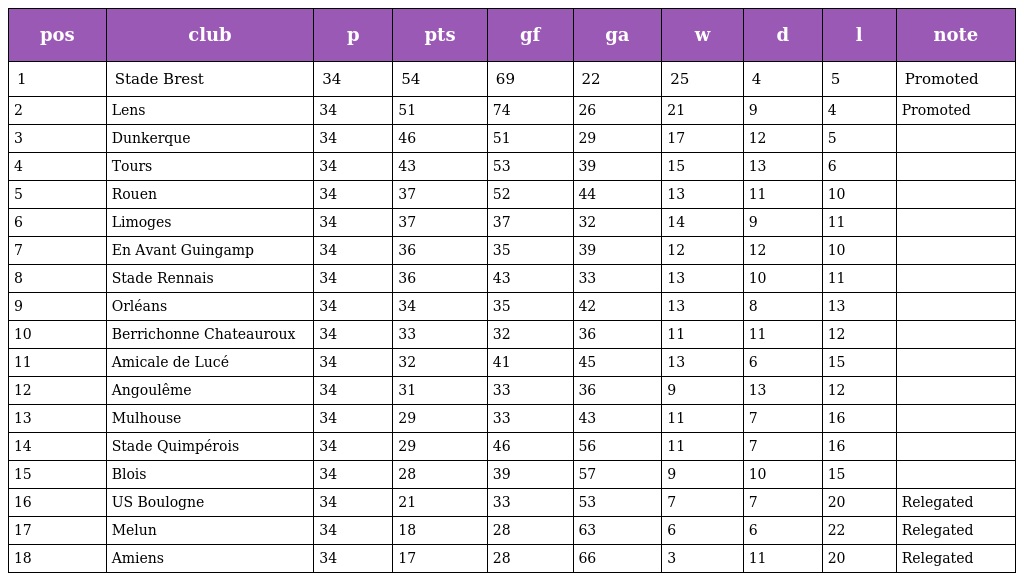
| pos | club | p | pts | gf | ga | w | d | l | note |
 | --- | --- | --- | --- | --- | --- | --- | --- | --- | --- |
 | 1 | Stade Brest | 34 | 54 | 69 | 22 | 25 | 4 | 5 | Promoted |
 | 2 | Lens | 34 | 51 | 74 | 26 | 21 | 9 | 4 | Promoted |
 | 3 | Dunkerque | 34 | 46 | 51 | 29 | 17 | 12 | 5 |  |
 | 4 | Tours | 34 | 43 | 53 | 39 | 15 | 13 | 6 |  |
 | 5 | Rouen | 34 | 37 | 52 | 44 | 13 | 11 | 10 |  |
 | 6 | Limoges | 34 | 37 | 37 | 32 | 14 | 9 | 11 |  |
 | 7 | En Avant Guingamp | 34 | 36 | 35 | 39 | 12 | 12 | 10 |  |
 | 8 | Stade Rennais | 34 | 36 | 43 | 33 | 13 | 10 | 11 |  |
 | 9 | Orléans | 34 | 34 | 35 | 42 | 13 | 8 | 13 |  |
 | 10 | Berrichonne Chateauroux | 34 | 33 | 32 | 36 | 11 | 11 | 12 |  |
 | 11 | Amicale de Lucé | 34 | 32 | 41 | 45 | 13 | 6 | 15 |  |
 | 12 | Angoulême | 34 | 31 | 33 | 36 | 9 | 13 | 12 |  |
 | 13 | Mulhouse | 34 | 29 | 33 | 43 | 11 | 7 | 16 |  |
 | 14 | Stade Quimpérois | 34 | 29 | 46 | 56 | 11 | 7 | 16 |  |
 | 15 | Blois | 34 | 28 | 39 | 57 | 9 | 10 | 15 |  |
 | 16 | US Boulogne | 34 | 21 | 33 | 53 | 7 | 7 | 20 | Relegated |
 | 17 | Melun | 34 | 18 | 28 | 63 | 6 | 6 | 22 | Relegated |
 | 18 | Amiens | 34 | 17 | 28 | 66 | 3 | 11 | 20 | Relegated |